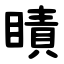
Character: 瞔